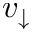
v _ { \downarrow }